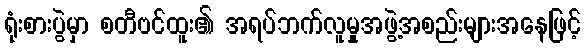
ရုံးစားပွဲမှာ စတီဗင်ထူး၏ အရပ်ဘက်လူမှုအဖွဲ့အစည်းများအနေဖြင့်